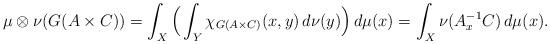
LaTeX: \begin{align*}\mu \otimes \nu(G(A \times C)) = \int_X \Big( \int_Y \chi_{G(A \times C)}(x,y) \, d\nu(y) \Big) \, d\mu(x) = \int_X \nu(A_x^{-1}C) \, d\mu(x).\end{align*}